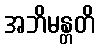
အဘိမန္တတိ